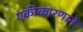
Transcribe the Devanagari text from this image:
एकीकारणाने